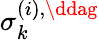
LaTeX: \sigma_{k}^{\left(i\right),\ddag}